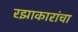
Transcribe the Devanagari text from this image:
रझाकारांचा